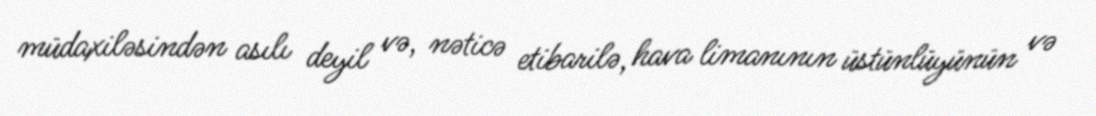
müdaxiləsindən asılı deyil və, nəticə etibarilə, hava limanının üstünlüyünün və